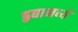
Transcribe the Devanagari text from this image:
हृद्यामध्ये